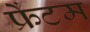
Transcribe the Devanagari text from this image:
फ्रेंटम